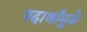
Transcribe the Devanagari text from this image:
पदार्थांमुळे